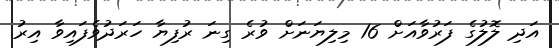
އަދި ލޮލުގެ ފަރުވާއަށް 16 މިލިޔަނަށް ވުރެ ގިނަ ރުފިޔާ ހަރަދުވެފައިވާ އިރު